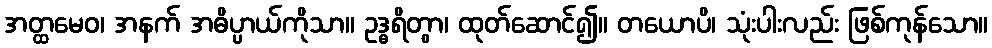
အတ္ထမေဝ၊ အနက် အဓိပ္ပာယ်ကိုသာ။ ဥဒ္ဓရိတွာ၊ ထုတ်ဆောင်၍။ တယောပိ၊ သုံးပါးလည်း ဖြစ်ကုန်သော။